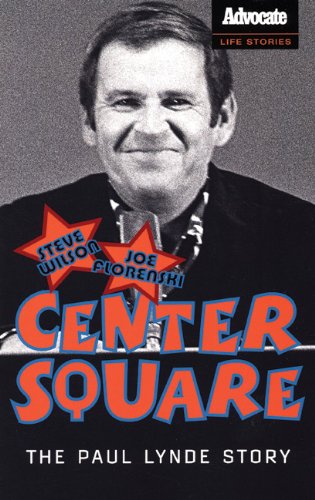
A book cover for Center Square: The Paul Lynde Story; Steve Wilson; Gay & Lesbian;